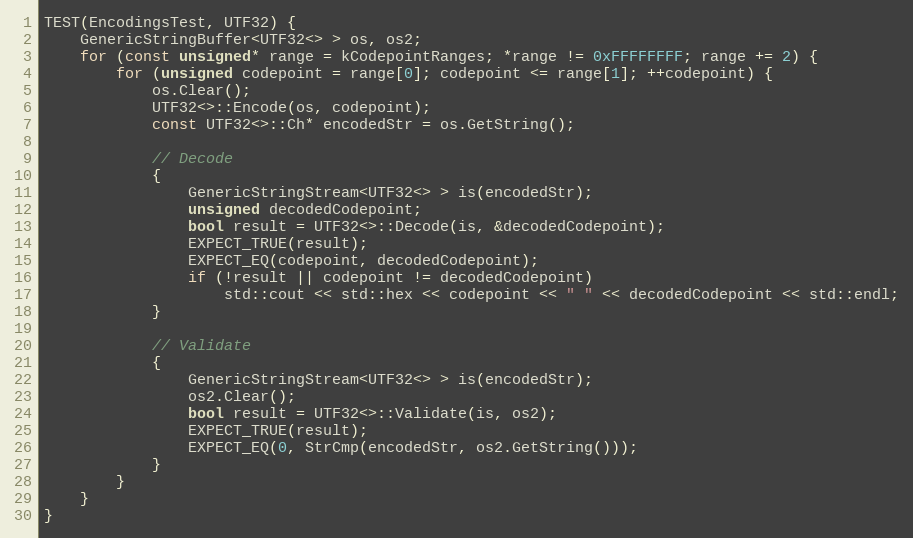
Language: C++
TEST(EncodingsTest, UTF32) {
    GenericStringBuffer<UTF32<> > os, os2;
    for (const unsigned* range = kCodepointRanges; *range != 0xFFFFFFFF; range += 2) {
        for (unsigned codepoint = range[0]; codepoint <= range[1]; ++codepoint) {
            os.Clear();
            UTF32<>::Encode(os, codepoint);
            const UTF32<>::Ch* encodedStr = os.GetString();

            // Decode
            {
                GenericStringStream<UTF32<> > is(encodedStr);
                unsigned decodedCodepoint;
                bool result = UTF32<>::Decode(is, &decodedCodepoint);
                EXPECT_TRUE(result);
                EXPECT_EQ(codepoint, decodedCodepoint);
                if (!result || codepoint != decodedCodepoint)
                    std::cout << std::hex << codepoint << " " << decodedCodepoint << std::endl;
            }

            // Validate
            {
                GenericStringStream<UTF32<> > is(encodedStr);
                os2.Clear();
                bool result = UTF32<>::Validate(is, os2);
                EXPECT_TRUE(result);
                EXPECT_EQ(0, StrCmp(encodedStr, os2.GetString()));
            }
        }
    }
}